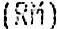
(RM)